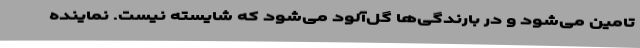
تامین می‌شود و در بارندگی‌ها گل‌آلود می‌شود که شایسته نیست. نماینده